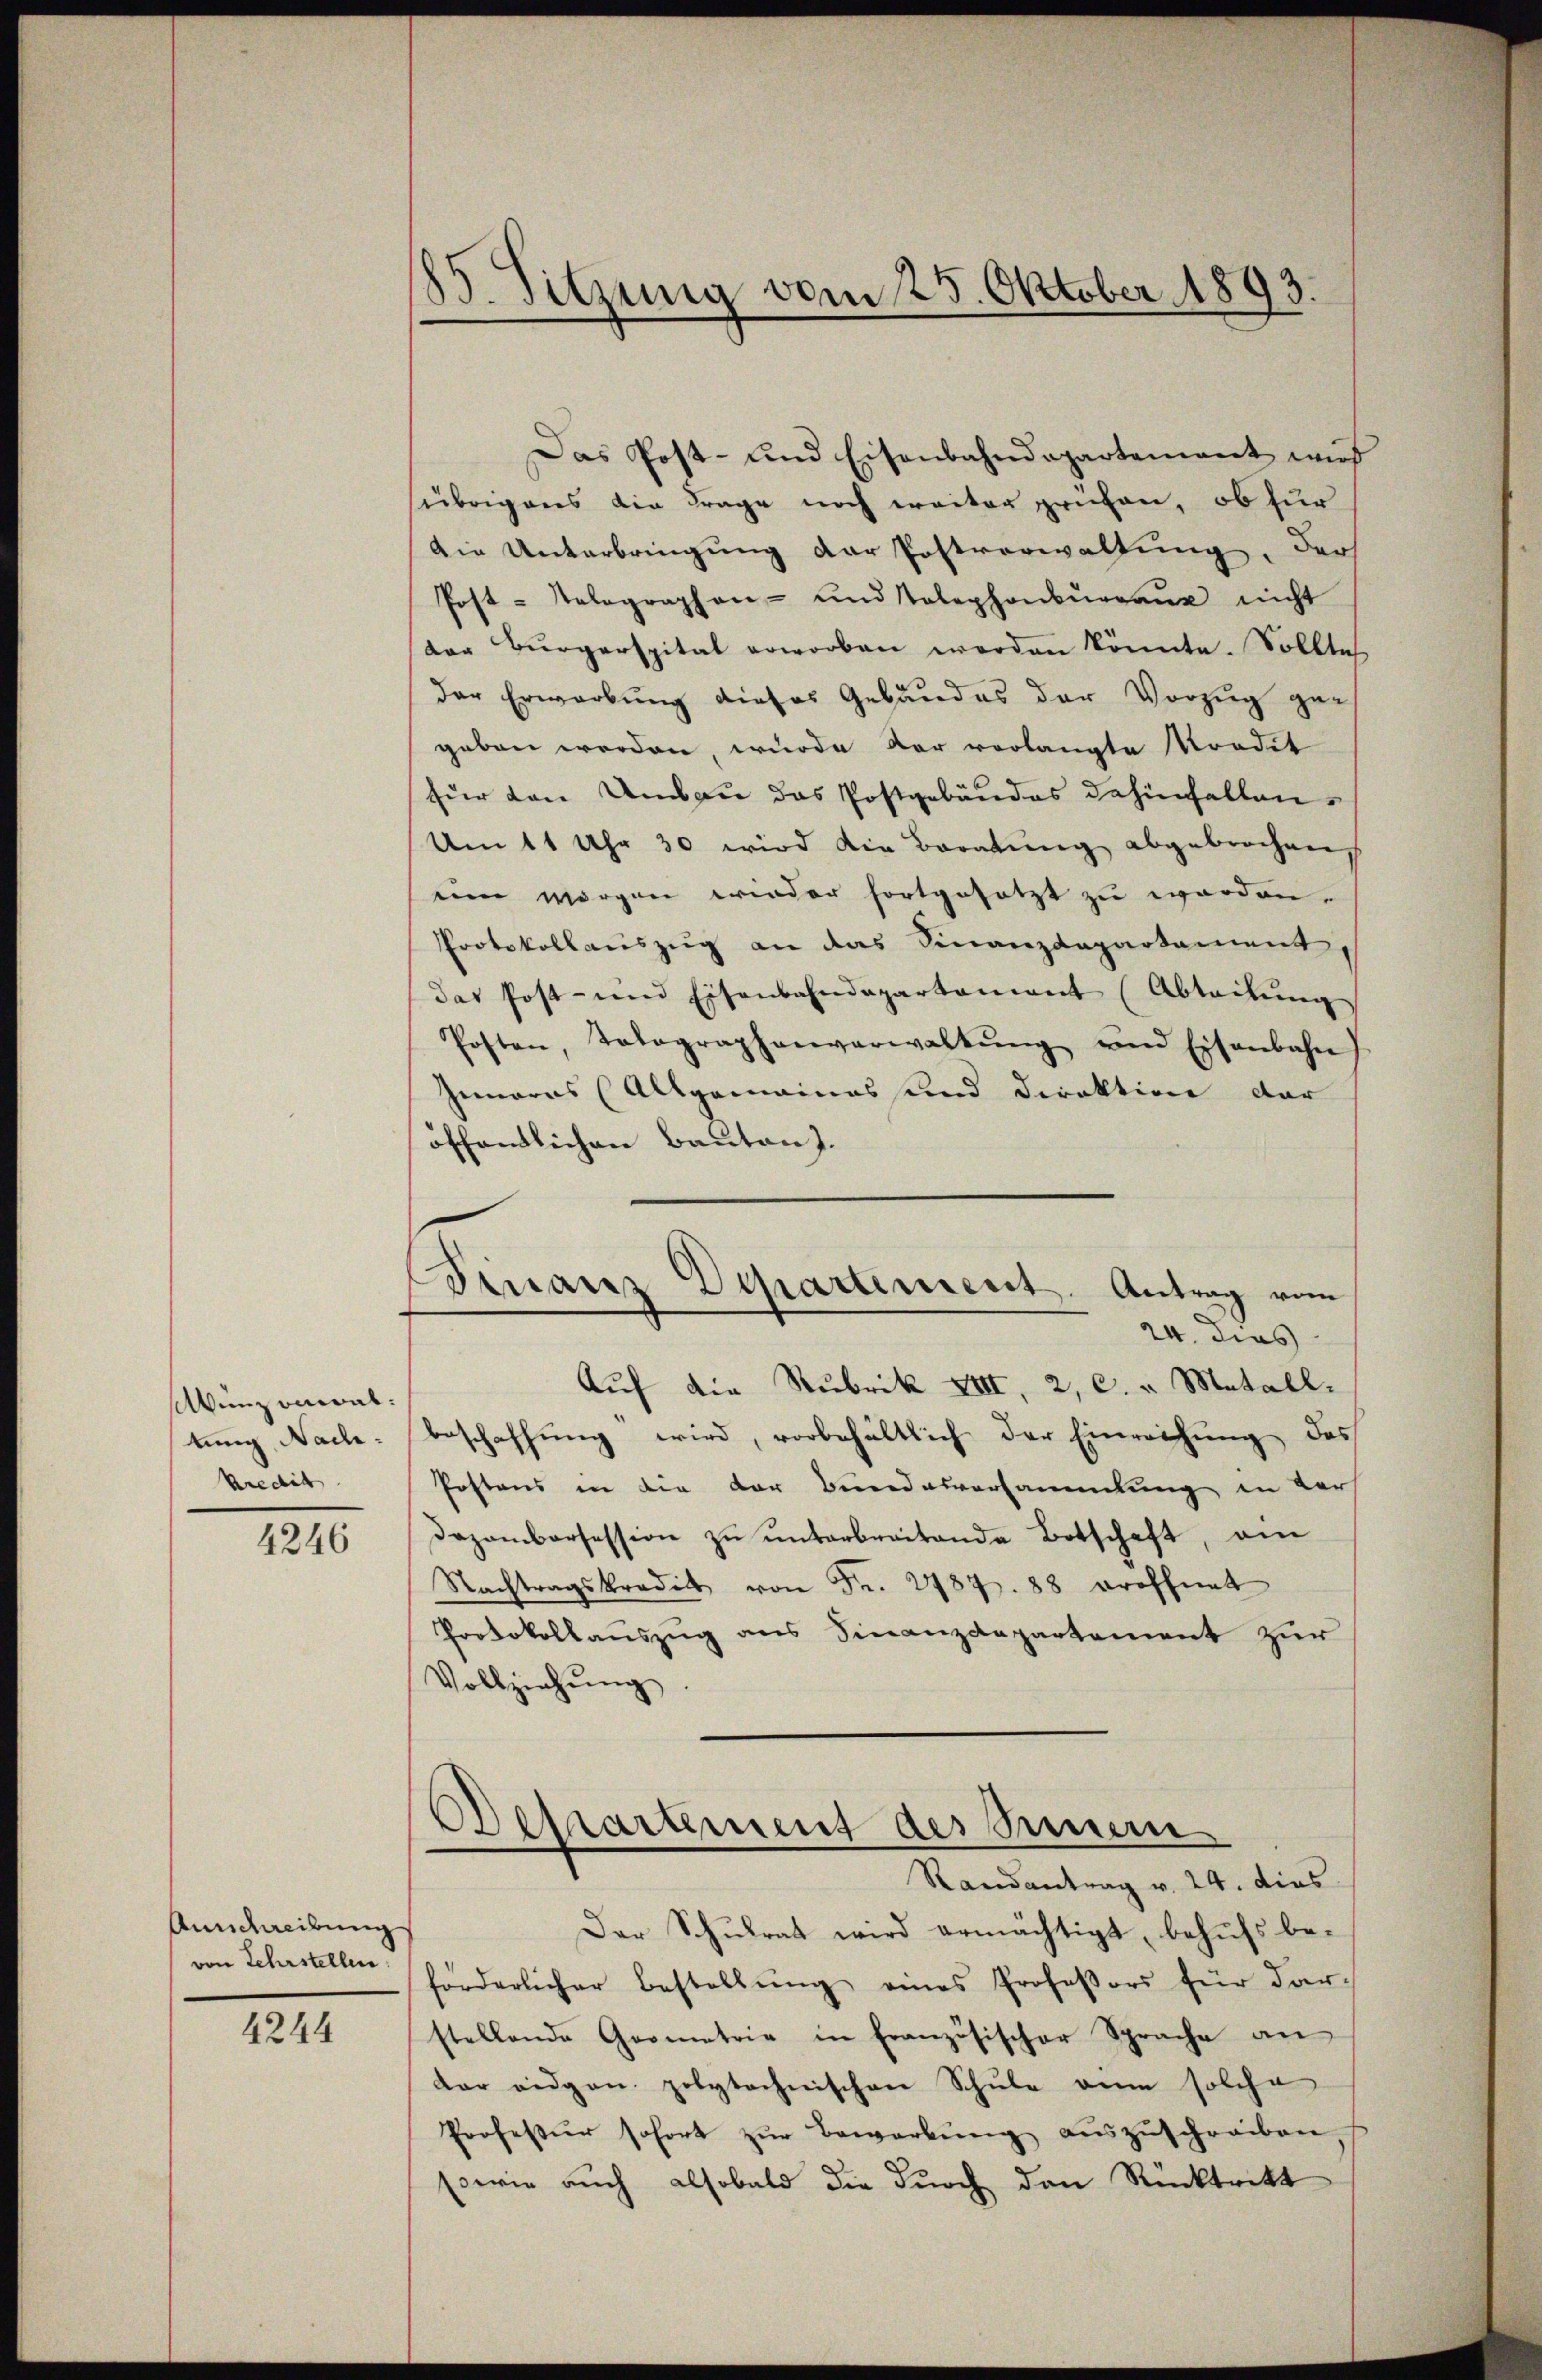
unzonialtung, Nach¬
Kredit

4246

Anndereibung
von Lehrstellen.

4244

185. Sitzung vom 25. Oktober 1893.

Das Post- und Eisenbahndepartement wird
übrigens die Frage noch weiter prüfen, ob für
Die Unterbringung der Postverwaltung, der
Post-Telegraphen- und Telephonbŭrgaŭ nicht
der Bürgerspital erworben werden könnte. Solltes
der Erwerbung dieses Gebäudes der Vorzug ge-
geben werden, wurde der vorlangte Mordet
für den Umbau das Postgebäudes dahinfallen.
Um 11 Uhr 30 wird die Beratung abgebrochen
un morgen wieder fortgesetzt zu worden.
Protokollauszug an das Finanzdepartament,
das Post- und Eisenbahndepartement (Abteilŭng
Posten, Tolographenverwaltŭng und Eisenbahn
Gemarus (Allgemeines und Direktion der
öffentlichen Bauten).

Finanz Departement. Antrag vom
24. dies

Auf die Rubrik XIII, 2, C. v. Metall.
beschaffung wird, vorbehältlich der Einreichung des
Postens in die der Bundesversammlung in der
Dozombarsession zŭ ŭnterbreitende Botschaft, am
Nachtragskredit von Fr. 2787. 88 eröffnet
Protokollauszug aus Finanzdepartement zur
Vollziehŭng.

Departement des Innern
Randantrag v. 24. dies

Der Schulrat wird ermächtigt, behufs be-
förderlicher Bestellŭng eines Professors für dar-
stellende Geometrie in Französischer Sprache an
dar eidgen. polytechnischen Schŭle ain solche
Professur sofort zŭr Bewerkŭng aŭszŭschreiben,
sowie auch alsobald die durch den Rücktritt